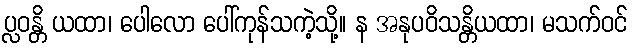
ပ္လဝန္တိ ယထာ၊ ပေါလော ပေါ်ကုန်သကဲ့သို့။ န အနုပဝိသန္တိယထာ၊ မသက်ဝင်